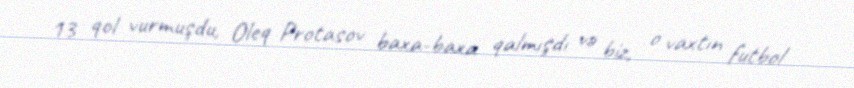
13 qol vurmuşdu, Oleq Protasov baxa-baxa qalmışdı və biz, o vaxtın futbol